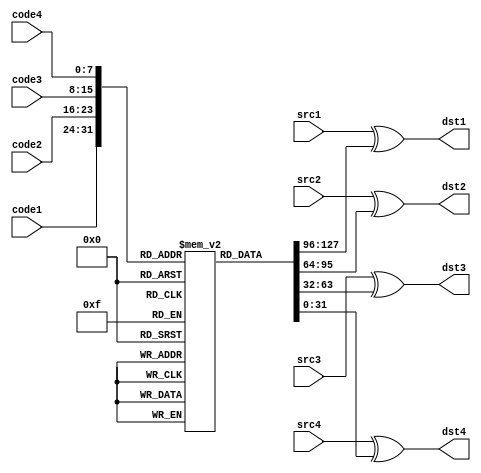
`timescale 1ns / 1ps

module aes_fn1(input [7:0] code1, input wire [31:0] src1, output reg [31:0] dst1,
input [7:0] code2, input wire [31:0] src2, output reg [31:0] dst2,
input [7:0] code3, input wire [31:0] src3, output reg [31:0] dst3,
input [7:0] code4, input wire [31:0] src4, output reg [31:0] dst4);

reg [31:0] t1 [255:0];

initial begin
 t1[0] = 'ha56363c6; t1[1] = 'h847c7cf8; t1[2] = 'h997777ee; t1[3] = 'h8d7b7bf6;
 t1[4] = 'hdf2f2ff; t1[5] = 'hbd6b6bd6; t1[6] = 'hb16f6fde; t1[7] = 'h54c5c591;
 t1[8] = 'h50303060; t1[9] = 'h3010102; t1[10] = 'ha96767ce; t1[11] = 'h7d2b2b56;
 t1[12] = 'h19fefee7; t1[13] = 'h62d7d7b5; t1[14] = 'he6abab4d; t1[15] = 'h9a7676ec;
 t1[16] = 'h45caca8f; t1[17] = 'h9d82821f; t1[18] = 'h40c9c989; t1[19] = 'h877d7dfa;
 t1[20] = 'h15fafaef; t1[21] = 'heb5959b2; t1[22] = 'hc947478e; t1[23] = 'hbf0f0fb;
 t1[24] = 'hecadad41; t1[25] = 'h67d4d4b3; t1[26] = 'hfda2a25f; t1[27] = 'heaafaf45;
 t1[28] = 'hbf9c9c23; t1[29] = 'hf7a4a453; t1[30] = 'h967272e4; t1[31] = 'h5bc0c09b;
 t1[32] = 'hc2b7b775; t1[33] = 'h1cfdfde1; t1[34] = 'hae93933d; t1[35] = 'h6a26264c;
 t1[36] = 'h5a36366c; t1[37] = 'h413f3f7e; t1[38] = 'h2f7f7f5; t1[39] = 'h4fcccc83;
 t1[40] = 'h5c343468; t1[41] = 'hf4a5a551; t1[42] = 'h34e5e5d1; t1[43] = 'h8f1f1f9;
 t1[44] = 'h937171e2; t1[45] = 'h73d8d8ab; t1[46] = 'h53313162; t1[47] = 'h3f15152a;
 t1[48] = 'hc040408; t1[49] = 'h52c7c795; t1[50] = 'h65232346; t1[51] = 'h5ec3c39d;
 t1[52] = 'h28181830; t1[53] = 'ha1969637; t1[54] = 'hf05050a; t1[55] = 'hb59a9a2f;
 t1[56] = 'h907070e; t1[57] = 'h36121224; t1[58] = 'h9b80801b; t1[59] = 'h3de2e2df;
 t1[60] = 'h26ebebcd; t1[61] = 'h6927274e; t1[62] = 'hcdb2b27f; t1[63] = 'h9f7575ea;
 t1[64] = 'h1b090912; t1[65] = 'h9e83831d; t1[66] = 'h742c2c58; t1[67] = 'h2e1a1a34;
 t1[68] = 'h2d1b1b36; t1[69] = 'hb26e6edc; t1[70] = 'hee5a5ab4; t1[71] = 'hfba0a05b;
 t1[72] = 'hf65252a4; t1[73] = 'h4d3b3b76; t1[74] = 'h61d6d6b7; t1[75] = 'hceb3b37d;
 t1[76] = 'h7b292952; t1[77] = 'h3ee3e3dd; t1[78] = 'h712f2f5e; t1[79] = 'h97848413;
 t1[80] = 'hf55353a6; t1[81] = 'h68d1d1b9; t1[82] = 'h0; t1[83] = 'h2cededc1;
 t1[84] = 'h60202040; t1[85] = 'h1ffcfce3; t1[86] = 'hc8b1b179; t1[87] = 'hed5b5bb6;
 t1[88] = 'hbe6a6ad4; t1[89] = 'h46cbcb8d; t1[90] = 'hd9bebe67; t1[91] = 'h4b393972;
 t1[92] = 'hde4a4a94; t1[93] = 'hd44c4c98; t1[94] = 'he85858b0; t1[95] = 'h4acfcf85;
 t1[96] = 'h6bd0d0bb; t1[97] = 'h2aefefc5; t1[98] = 'he5aaaa4f; t1[99] = 'h16fbfbed;
 t1[100] = 'hc5434386; t1[101] = 'hd74d4d9a; t1[102] = 'h55333366; t1[103] = 'h94858511;
 t1[104] = 'hcf45458a; t1[105] = 'h10f9f9e9; t1[106] = 'h6020204; t1[107] = 'h817f7ffe;
 t1[108] = 'hf05050a0; t1[109] = 'h443c3c78; t1[110] = 'hba9f9f25; t1[111] = 'he3a8a84b;
 t1[112] = 'hf35151a2; t1[113] = 'hfea3a35d; t1[114] = 'hc0404080; t1[115] = 'h8a8f8f05;
 t1[116] = 'had92923f; t1[117] = 'hbc9d9d21; t1[118] = 'h48383870; t1[119] = 'h4f5f5f1;
 t1[120] = 'hdfbcbc63; t1[121] = 'hc1b6b677; t1[122] = 'h75dadaaf; t1[123] = 'h63212142;
 t1[124] = 'h30101020; t1[125] = 'h1affffe5; t1[126] = 'hef3f3fd; t1[127] = 'h6dd2d2bf;
 t1[128] = 'h4ccdcd81; t1[129] = 'h140c0c18; t1[130] = 'h35131326; t1[131] = 'h2fececc3;
 t1[132] = 'he15f5fbe; t1[133] = 'ha2979735; t1[134] = 'hcc444488; t1[135] = 'h3917172e;
 t1[136] = 'h57c4c493; t1[137] = 'hf2a7a755; t1[138] = 'h827e7efc; t1[139] = 'h473d3d7a;
 t1[140] = 'hac6464c8; t1[141] = 'he75d5dba; t1[142] = 'h2b191932; t1[143] = 'h957373e6;
 t1[144] = 'ha06060c0; t1[145] = 'h98818119; t1[146] = 'hd14f4f9e; t1[147] = 'h7fdcdca3;
 t1[148] = 'h66222244; t1[149] = 'h7e2a2a54; t1[150] = 'hab90903b; t1[151] = 'h8388880b;
 t1[152] = 'hca46468c; t1[153] = 'h29eeeec7; t1[154] = 'hd3b8b86b; t1[155] = 'h3c141428;
 t1[156] = 'h79dedea7; t1[157] = 'he25e5ebc; t1[158] = 'h1d0b0b16; t1[159] = 'h76dbdbad;
 t1[160] = 'h3be0e0db; t1[161] = 'h56323264; t1[162] = 'h4e3a3a74; t1[163] = 'h1e0a0a14;
 t1[164] = 'hdb494992; t1[165] = 'ha06060c; t1[166] = 'h6c242448; t1[167] = 'he45c5cb8;
 t1[168] = 'h5dc2c29f; t1[169] = 'h6ed3d3bd; t1[170] = 'hefacac43; t1[171] = 'ha66262c4;
 t1[172] = 'ha8919139; t1[173] = 'ha4959531; t1[174] = 'h37e4e4d3; t1[175] = 'h8b7979f2;
 t1[176] = 'h32e7e7d5; t1[177] = 'h43c8c88b; t1[178] = 'h5937376e; t1[179] = 'hb76d6dda;
 t1[180] = 'h8c8d8d01; t1[181] = 'h64d5d5b1; t1[182] = 'hd24e4e9c; t1[183] = 'he0a9a949;
 t1[184] = 'hb46c6cd8; t1[185] = 'hfa5656ac; t1[186] = 'h7f4f4f3; t1[187] = 'h25eaeacf;
 t1[188] = 'haf6565ca; t1[189] = 'h8e7a7af4; t1[190] = 'he9aeae47; t1[191] = 'h18080810;
 t1[192] = 'hd5baba6f; t1[193] = 'h887878f0; t1[194] = 'h6f25254a; t1[195] = 'h722e2e5c;
 t1[196] = 'h241c1c38; t1[197] = 'hf1a6a657; t1[198] = 'hc7b4b473; t1[199] = 'h51c6c697;
 t1[200] = 'h23e8e8cb; t1[201] = 'h7cdddda1; t1[202] = 'h9c7474e8; t1[203] = 'h211f1f3e;
 t1[204] = 'hdd4b4b96; t1[205] = 'hdcbdbd61; t1[206] = 'h868b8b0d; t1[207] = 'h858a8a0f;
 t1[208] = 'h907070e0; t1[209] = 'h423e3e7c; t1[210] = 'hc4b5b571; t1[211] = 'haa6666cc;
 t1[212] = 'hd8484890; t1[213] = 'h5030306; t1[214] = 'h1f6f6f7; t1[215] = 'h120e0e1c;
 t1[216] = 'ha36161c2; t1[217] = 'h5f35356a; t1[218] = 'hf95757ae; t1[219] = 'hd0b9b969;
 t1[220] = 'h91868617; t1[221] = 'h58c1c199; t1[222] = 'h271d1d3a; t1[223] = 'hb99e9e27;
 t1[224] = 'h38e1e1d9; t1[225] = 'h13f8f8eb; t1[226] = 'hb398982b; t1[227] = 'h33111122;
 t1[228] = 'hbb6969d2; t1[229] = 'h70d9d9a9; t1[230] = 'h898e8e07; t1[231] = 'ha7949433;
 t1[232] = 'hb69b9b2d; t1[233] = 'h221e1e3c; t1[234] = 'h92878715; t1[235] = 'h20e9e9c9;
 t1[236] = 'h49cece87; t1[237] = 'hff5555aa; t1[238] = 'h78282850; t1[239] = 'h7adfdfa5;
 t1[240] = 'h8f8c8c03; t1[241] = 'hf8a1a159; t1[242] = 'h80898909; t1[243] = 'h170d0d1a;
 t1[244] = 'hdabfbf65; t1[245] = 'h31e6e6d7; t1[246] = 'hc6424284; t1[247] = 'hb86868d0;
 t1[248] = 'hc3414182; t1[249] = 'hb0999929; t1[250] = 'h772d2d5a; t1[251] = 'h110f0f1e;
 t1[252] = 'hcbb0b07b; t1[253] = 'hfc5454a8; t1[254] = 'hd6bbbb6d; t1[255] = 'h3a16162c;
end

always @(code1 or src1)
begin
  dst1 <= src1 ^ t1[code1];
end

always @(code2 or src2)
begin
  dst2 <= src2 ^ t1[code2];
end

always @(code3 or src3)
begin
  dst3 <= src3 ^ t1[code3];
end

always @(code4 or src4)
begin
  dst4 <= src4 ^ t1[code4];
end

endmodule

module aes_fn2(input [7:0] code1, input wire [31:0] src1, output reg [31:0] dst1,
input [7:0] code2, input wire [31:0] src2, output reg [31:0] dst2,
input [7:0] code3, input wire [31:0] src3, output reg [31:0] dst3,
input [7:0] code4, input wire [31:0] src4, output reg [31:0] dst4);

reg [31:0] t2 [255:0];

initial begin
t2[0] = 'h6363c6a5; t2[1] = 'h7c7cf884; t2[2] = 'h7777ee99; t2[3] = 'h7b7bf68d;
t2[4] = 'hf2f2ff0d; t2[5] = 'h6b6bd6bd; t2[6] = 'h6f6fdeb1; t2[7] = 'hc5c59154;
t2[8] = 'h30306050; t2[9] = 'h1010203; t2[10] = 'h6767cea9; t2[11] = 'h2b2b567d;
t2[12] = 'hfefee719; t2[13] = 'hd7d7b562; t2[14] = 'habab4de6; t2[15] = 'h7676ec9a;
t2[16] = 'hcaca8f45; t2[17] = 'h82821f9d; t2[18] = 'hc9c98940; t2[19] = 'h7d7dfa87;
t2[20] = 'hfafaef15; t2[21] = 'h5959b2eb; t2[22] = 'h47478ec9; t2[23] = 'hf0f0fb0b;
t2[24] = 'hadad41ec; t2[25] = 'hd4d4b367; t2[26] = 'ha2a25ffd; t2[27] = 'hafaf45ea;
t2[28] = 'h9c9c23bf; t2[29] = 'ha4a453f7; t2[30] = 'h7272e496; t2[31] = 'hc0c09b5b;
t2[32] = 'hb7b775c2; t2[33] = 'hfdfde11c; t2[34] = 'h93933dae; t2[35] = 'h26264c6a;
t2[36] = 'h36366c5a; t2[37] = 'h3f3f7e41; t2[38] = 'hf7f7f502; t2[39] = 'hcccc834f;
t2[40] = 'h3434685c; t2[41] = 'ha5a551f4; t2[42] = 'he5e5d134; t2[43] = 'hf1f1f908;
t2[44] = 'h7171e293; t2[45] = 'hd8d8ab73; t2[46] = 'h31316253; t2[47] = 'h15152a3f;
t2[48] = 'h404080c; t2[49] = 'hc7c79552; t2[50] = 'h23234665; t2[51] = 'hc3c39d5e;
t2[52] = 'h18183028; t2[53] = 'h969637a1; t2[54] = 'h5050a0f; t2[55] = 'h9a9a2fb5;
t2[56] = 'h7070e09; t2[57] = 'h12122436; t2[58] = 'h80801b9b; t2[59] = 'he2e2df3d;
t2[60] = 'hebebcd26; t2[61] = 'h27274e69; t2[62] = 'hb2b27fcd; t2[63] = 'h7575ea9f;
t2[64] = 'h909121b; t2[65] = 'h83831d9e; t2[66] = 'h2c2c5874; t2[67] = 'h1a1a342e;
t2[68] = 'h1b1b362d; t2[69] = 'h6e6edcb2; t2[70] = 'h5a5ab4ee; t2[71] = 'ha0a05bfb;
t2[72] = 'h5252a4f6; t2[73] = 'h3b3b764d; t2[74] = 'hd6d6b761; t2[75] = 'hb3b37dce;
t2[76] = 'h2929527b; t2[77] = 'he3e3dd3e; t2[78] = 'h2f2f5e71; t2[79] = 'h84841397;
t2[80] = 'h5353a6f5; t2[81] = 'hd1d1b968; t2[82] = 'h0; t2[83] = 'hededc12c;
t2[84] = 'h20204060; t2[85] = 'hfcfce31f; t2[86] = 'hb1b179c8; t2[87] = 'h5b5bb6ed;
t2[88] = 'h6a6ad4be; t2[89] = 'hcbcb8d46; t2[90] = 'hbebe67d9; t2[91] = 'h3939724b;
t2[92] = 'h4a4a94de; t2[93] = 'h4c4c98d4; t2[94] = 'h5858b0e8; t2[95] = 'hcfcf854a;
t2[96] = 'hd0d0bb6b; t2[97] = 'hefefc52a; t2[98] = 'haaaa4fe5; t2[99] = 'hfbfbed16;
t2[100] = 'h434386c5; t2[101] = 'h4d4d9ad7; t2[102] = 'h33336655; t2[103] = 'h85851194;
t2[104] = 'h45458acf; t2[105] = 'hf9f9e910; t2[106] = 'h2020406; t2[107] = 'h7f7ffe81;
t2[108] = 'h5050a0f0; t2[109] = 'h3c3c7844; t2[110] = 'h9f9f25ba; t2[111] = 'ha8a84be3;
t2[112] = 'h5151a2f3; t2[113] = 'ha3a35dfe; t2[114] = 'h404080c0; t2[115] = 'h8f8f058a;
t2[116] = 'h92923fad; t2[117] = 'h9d9d21bc; t2[118] = 'h38387048; t2[119] = 'hf5f5f104;
t2[120] = 'hbcbc63df; t2[121] = 'hb6b677c1; t2[122] = 'hdadaaf75; t2[123] = 'h21214263;
t2[124] = 'h10102030; t2[125] = 'hffffe51a; t2[126] = 'hf3f3fd0e; t2[127] = 'hd2d2bf6d;
t2[128] = 'hcdcd814c; t2[129] = 'hc0c1814; t2[130] = 'h13132635; t2[131] = 'hececc32f;
t2[132] = 'h5f5fbee1; t2[133] = 'h979735a2; t2[134] = 'h444488cc; t2[135] = 'h17172e39;
t2[136] = 'hc4c49357; t2[137] = 'ha7a755f2; t2[138] = 'h7e7efc82; t2[139] = 'h3d3d7a47;
t2[140] = 'h6464c8ac; t2[141] = 'h5d5dbae7; t2[142] = 'h1919322b; t2[143] = 'h7373e695;
t2[144] = 'h6060c0a0; t2[145] = 'h81811998; t2[146] = 'h4f4f9ed1; t2[147] = 'hdcdca37f;
t2[148] = 'h22224466; t2[149] = 'h2a2a547e; t2[150] = 'h90903bab; t2[151] = 'h88880b83;
t2[152] = 'h46468cca; t2[153] = 'heeeec729; t2[154] = 'hb8b86bd3; t2[155] = 'h1414283c;
t2[156] = 'hdedea779; t2[157] = 'h5e5ebce2; t2[158] = 'hb0b161d; t2[159] = 'hdbdbad76;
t2[160] = 'he0e0db3b; t2[161] = 'h32326456; t2[162] = 'h3a3a744e; t2[163] = 'ha0a141e;
t2[164] = 'h494992db; t2[165] = 'h6060c0a; t2[166] = 'h2424486c; t2[167] = 'h5c5cb8e4;
t2[168] = 'hc2c29f5d; t2[169] = 'hd3d3bd6e; t2[170] = 'hacac43ef; t2[171] = 'h6262c4a6;
t2[172] = 'h919139a8; t2[173] = 'h959531a4; t2[174] = 'he4e4d337; t2[175] = 'h7979f28b;
t2[176] = 'he7e7d532; t2[177] = 'hc8c88b43; t2[178] = 'h37376e59; t2[179] = 'h6d6ddab7;
t2[180] = 'h8d8d018c; t2[181] = 'hd5d5b164; t2[182] = 'h4e4e9cd2; t2[183] = 'ha9a949e0;
t2[184] = 'h6c6cd8b4; t2[185] = 'h5656acfa; t2[186] = 'hf4f4f307; t2[187] = 'heaeacf25;
t2[188] = 'h6565caaf; t2[189] = 'h7a7af48e; t2[190] = 'haeae47e9; t2[191] = 'h8081018;
t2[192] = 'hbaba6fd5; t2[193] = 'h7878f088; t2[194] = 'h25254a6f; t2[195] = 'h2e2e5c72;
t2[196] = 'h1c1c3824; t2[197] = 'ha6a657f1; t2[198] = 'hb4b473c7; t2[199] = 'hc6c69751;
t2[200] = 'he8e8cb23; t2[201] = 'hdddda17c; t2[202] = 'h7474e89c; t2[203] = 'h1f1f3e21;
t2[204] = 'h4b4b96dd; t2[205] = 'hbdbd61dc; t2[206] = 'h8b8b0d86; t2[207] = 'h8a8a0f85;
t2[208] = 'h7070e090; t2[209] = 'h3e3e7c42; t2[210] = 'hb5b571c4; t2[211] = 'h6666ccaa;
t2[212] = 'h484890d8; t2[213] = 'h3030605; t2[214] = 'hf6f6f701; t2[215] = 'he0e1c12;
t2[216] = 'h6161c2a3; t2[217] = 'h35356a5f; t2[218] = 'h5757aef9; t2[219] = 'hb9b969d0;
t2[220] = 'h86861791; t2[221] = 'hc1c19958; t2[222] = 'h1d1d3a27; t2[223] = 'h9e9e27b9;
t2[224] = 'he1e1d938; t2[225] = 'hf8f8eb13; t2[226] = 'h98982bb3; t2[227] = 'h11112233;
t2[228] = 'h6969d2bb; t2[229] = 'hd9d9a970; t2[230] = 'h8e8e0789; t2[231] = 'h949433a7;
t2[232] = 'h9b9b2db6; t2[233] = 'h1e1e3c22; t2[234] = 'h87871592; t2[235] = 'he9e9c920;
t2[236] = 'hcece8749; t2[237] = 'h5555aaff; t2[238] = 'h28285078; t2[239] = 'hdfdfa57a;
t2[240] = 'h8c8c038f; t2[241] = 'ha1a159f8; t2[242] = 'h89890980; t2[243] = 'hd0d1a17;
t2[244] = 'hbfbf65da; t2[245] = 'he6e6d731; t2[246] = 'h424284c6; t2[247] = 'h6868d0b8;
t2[248] = 'h414182c3; t2[249] = 'h999929b0; t2[250] = 'h2d2d5a77; t2[251] = 'hf0f1e11;
t2[252] = 'hb0b07bcb; t2[253] = 'h5454a8fc; t2[254] = 'hbbbb6dd6; t2[255] = 'h16162c3a;
end

always @(code1 or src1)
begin
  dst1 <= src1 ^ t2[code1];
end

always @(code2 or src2)
begin
  dst2 <= src2 ^ t2[code2];
end

always @(code3 or src3)
begin
  dst3 <= src3 ^ t2[code3];
end

always @(code4 or src4)
begin
  dst4 <= src4 ^ t2[code4];
end

endmodule


module aes_fn3(input [7:0] code1, input wire [31:0] src1, output reg [31:0] dst1,
input [7:0] code2, input wire [31:0] src2, output reg [31:0] dst2,
input [7:0] code3, input wire [31:0] src3, output reg [31:0] dst3,
input [7:0] code4, input wire [31:0] src4, output reg [31:0] dst4);

reg [31:0] t3 [255:0];

initial begin
t3[0] = 'h63c6a563; t3[1] = 'h7cf8847c; t3[2] = 'h77ee9977; t3[3] = 'h7bf68d7b;
t3[4] = 'hf2ff0df2; t3[5] = 'h6bd6bd6b; t3[6] = 'h6fdeb16f; t3[7] = 'hc59154c5;
t3[8] = 'h30605030; t3[9] = 'h1020301; t3[10] = 'h67cea967; t3[11] = 'h2b567d2b;
t3[12] = 'hfee719fe; t3[13] = 'hd7b562d7; t3[14] = 'hab4de6ab; t3[15] = 'h76ec9a76;
t3[16] = 'hca8f45ca; t3[17] = 'h821f9d82; t3[18] = 'hc98940c9; t3[19] = 'h7dfa877d;
t3[20] = 'hfaef15fa; t3[21] = 'h59b2eb59; t3[22] = 'h478ec947; t3[23] = 'hf0fb0bf0;
t3[24] = 'had41ecad; t3[25] = 'hd4b367d4; t3[26] = 'ha25ffda2; t3[27] = 'haf45eaaf;
t3[28] = 'h9c23bf9c; t3[29] = 'ha453f7a4; t3[30] = 'h72e49672; t3[31] = 'hc09b5bc0;
t3[32] = 'hb775c2b7; t3[33] = 'hfde11cfd; t3[34] = 'h933dae93; t3[35] = 'h264c6a26;
t3[36] = 'h366c5a36; t3[37] = 'h3f7e413f; t3[38] = 'hf7f502f7; t3[39] = 'hcc834fcc;
t3[40] = 'h34685c34; t3[41] = 'ha551f4a5; t3[42] = 'he5d134e5; t3[43] = 'hf1f908f1;
t3[44] = 'h71e29371; t3[45] = 'hd8ab73d8; t3[46] = 'h31625331; t3[47] = 'h152a3f15;
t3[48] = 'h4080c04; t3[49] = 'hc79552c7; t3[50] = 'h23466523; t3[51] = 'hc39d5ec3;
t3[52] = 'h18302818; t3[53] = 'h9637a196; t3[54] = 'h50a0f05; t3[55] = 'h9a2fb59a;
t3[56] = 'h70e0907; t3[57] = 'h12243612; t3[58] = 'h801b9b80; t3[59] = 'he2df3de2;
t3[60] = 'hebcd26eb; t3[61] = 'h274e6927; t3[62] = 'hb27fcdb2; t3[63] = 'h75ea9f75;
t3[64] = 'h9121b09; t3[65] = 'h831d9e83; t3[66] = 'h2c58742c; t3[67] = 'h1a342e1a;
t3[68] = 'h1b362d1b; t3[69] = 'h6edcb26e; t3[70] = 'h5ab4ee5a; t3[71] = 'ha05bfba0;
t3[72] = 'h52a4f652; t3[73] = 'h3b764d3b; t3[74] = 'hd6b761d6; t3[75] = 'hb37dceb3;
t3[76] = 'h29527b29; t3[77] = 'he3dd3ee3; t3[78] = 'h2f5e712f; t3[79] = 'h84139784;
t3[80] = 'h53a6f553; t3[81] = 'hd1b968d1; t3[82] = 'h0; t3[83] = 'hedc12ced;
t3[84] = 'h20406020; t3[85] = 'hfce31ffc; t3[86] = 'hb179c8b1; t3[87] = 'h5bb6ed5b;
t3[88] = 'h6ad4be6a; t3[89] = 'hcb8d46cb; t3[90] = 'hbe67d9be; t3[91] = 'h39724b39;
t3[92] = 'h4a94de4a; t3[93] = 'h4c98d44c; t3[94] = 'h58b0e858; t3[95] = 'hcf854acf;
t3[96] = 'hd0bb6bd0; t3[97] = 'hefc52aef; t3[98] = 'haa4fe5aa; t3[99] = 'hfbed16fb;
t3[100] = 'h4386c543; t3[101] = 'h4d9ad74d; t3[102] = 'h33665533; t3[103] = 'h85119485;
t3[104] = 'h458acf45; t3[105] = 'hf9e910f9; t3[106] = 'h2040602; t3[107] = 'h7ffe817f;
t3[108] = 'h50a0f050; t3[109] = 'h3c78443c; t3[110] = 'h9f25ba9f; t3[111] = 'ha84be3a8;
t3[112] = 'h51a2f351; t3[113] = 'ha35dfea3; t3[114] = 'h4080c040; t3[115] = 'h8f058a8f;
t3[116] = 'h923fad92; t3[117] = 'h9d21bc9d; t3[118] = 'h38704838; t3[119] = 'hf5f104f5;
t3[120] = 'hbc63dfbc; t3[121] = 'hb677c1b6; t3[122] = 'hdaaf75da; t3[123] = 'h21426321;
t3[124] = 'h10203010; t3[125] = 'hffe51aff; t3[126] = 'hf3fd0ef3; t3[127] = 'hd2bf6dd2;
t3[128] = 'hcd814ccd; t3[129] = 'hc18140c; t3[130] = 'h13263513; t3[131] = 'hecc32fec;
t3[132] = 'h5fbee15f; t3[133] = 'h9735a297; t3[134] = 'h4488cc44; t3[135] = 'h172e3917;
t3[136] = 'hc49357c4; t3[137] = 'ha755f2a7; t3[138] = 'h7efc827e; t3[139] = 'h3d7a473d;
t3[140] = 'h64c8ac64; t3[141] = 'h5dbae75d; t3[142] = 'h19322b19; t3[143] = 'h73e69573;
t3[144] = 'h60c0a060; t3[145] = 'h81199881; t3[146] = 'h4f9ed14f; t3[147] = 'hdca37fdc;
t3[148] = 'h22446622; t3[149] = 'h2a547e2a; t3[150] = 'h903bab90; t3[151] = 'h880b8388;
t3[152] = 'h468cca46; t3[153] = 'heec729ee; t3[154] = 'hb86bd3b8; t3[155] = 'h14283c14;
t3[156] = 'hdea779de; t3[157] = 'h5ebce25e; t3[158] = 'hb161d0b; t3[159] = 'hdbad76db;
t3[160] = 'he0db3be0; t3[161] = 'h32645632; t3[162] = 'h3a744e3a; t3[163] = 'ha141e0a;
t3[164] = 'h4992db49; t3[165] = 'h60c0a06; t3[166] = 'h24486c24; t3[167] = 'h5cb8e45c;
t3[168] = 'hc29f5dc2; t3[169] = 'hd3bd6ed3; t3[170] = 'hac43efac; t3[171] = 'h62c4a662;
t3[172] = 'h9139a891; t3[173] = 'h9531a495; t3[174] = 'he4d337e4; t3[175] = 'h79f28b79;
t3[176] = 'he7d532e7; t3[177] = 'hc88b43c8; t3[178] = 'h376e5937; t3[179] = 'h6ddab76d;
t3[180] = 'h8d018c8d; t3[181] = 'hd5b164d5; t3[182] = 'h4e9cd24e; t3[183] = 'ha949e0a9;
t3[184] = 'h6cd8b46c; t3[185] = 'h56acfa56; t3[186] = 'hf4f307f4; t3[187] = 'heacf25ea;
t3[188] = 'h65caaf65; t3[189] = 'h7af48e7a; t3[190] = 'hae47e9ae; t3[191] = 'h8101808;
t3[192] = 'hba6fd5ba; t3[193] = 'h78f08878; t3[194] = 'h254a6f25; t3[195] = 'h2e5c722e;
t3[196] = 'h1c38241c; t3[197] = 'ha657f1a6; t3[198] = 'hb473c7b4; t3[199] = 'hc69751c6;
t3[200] = 'he8cb23e8; t3[201] = 'hdda17cdd; t3[202] = 'h74e89c74; t3[203] = 'h1f3e211f;
t3[204] = 'h4b96dd4b; t3[205] = 'hbd61dcbd; t3[206] = 'h8b0d868b; t3[207] = 'h8a0f858a;
t3[208] = 'h70e09070; t3[209] = 'h3e7c423e; t3[210] = 'hb571c4b5; t3[211] = 'h66ccaa66;
t3[212] = 'h4890d848; t3[213] = 'h3060503; t3[214] = 'hf6f701f6; t3[215] = 'he1c120e;
t3[216] = 'h61c2a361; t3[217] = 'h356a5f35; t3[218] = 'h57aef957; t3[219] = 'hb969d0b9;
t3[220] = 'h86179186; t3[221] = 'hc19958c1; t3[222] = 'h1d3a271d; t3[223] = 'h9e27b99e;
t3[224] = 'he1d938e1; t3[225] = 'hf8eb13f8; t3[226] = 'h982bb398; t3[227] = 'h11223311;
t3[228] = 'h69d2bb69; t3[229] = 'hd9a970d9; t3[230] = 'h8e07898e; t3[231] = 'h9433a794;
t3[232] = 'h9b2db69b; t3[233] = 'h1e3c221e; t3[234] = 'h87159287; t3[235] = 'he9c920e9;
t3[236] = 'hce8749ce; t3[237] = 'h55aaff55; t3[238] = 'h28507828; t3[239] = 'hdfa57adf;
t3[240] = 'h8c038f8c; t3[241] = 'ha159f8a1; t3[242] = 'h89098089; t3[243] = 'hd1a170d;
t3[244] = 'hbf65dabf; t3[245] = 'he6d731e6; t3[246] = 'h4284c642; t3[247] = 'h68d0b868;
t3[248] = 'h4182c341; t3[249] = 'h9929b099; t3[250] = 'h2d5a772d; t3[251] = 'hf1e110f;
t3[252] = 'hb07bcbb0; t3[253] = 'h54a8fc54; t3[254] = 'hbb6dd6bb; t3[255] = 'h162c3a16;
end


always @(code1 or src1)
begin
  dst1 <= src1 ^ t3[code1];
end

always @(code2 or src2)
begin
  dst2 <= src2 ^ t3[code2];
end

always @(code3 or src3)
begin
  dst3 <= src3 ^ t3[code3];
end

always @(code4 or src4)
begin
  dst4 <= src4 ^ t3[code4];
end

endmodule

module aes_fn4(input [7:0] code1, input wire [31:0] src1, output reg [31:0] dst1,
input [7:0] code2, input wire [31:0] src2, output reg [31:0] dst2,
input [7:0] code3, input wire [31:0] src3, output reg [31:0] dst3,
input [7:0] code4, input wire [31:0] src4, output reg [31:0] dst4);

reg [31:0] t4 [255:0];

initial begin
t4[0] = 'hc6a56363; t4[1] = 'hf8847c7c; t4[2] = 'hee997777; t4[3] = 'hf68d7b7b;
t4[4] = 'hff0df2f2; t4[5] = 'hd6bd6b6b; t4[6] = 'hdeb16f6f; t4[7] = 'h9154c5c5;
t4[8] = 'h60503030; t4[9] = 'h2030101; t4[10] = 'hcea96767; t4[11] = 'h567d2b2b;
t4[12] = 'he719fefe; t4[13] = 'hb562d7d7; t4[14] = 'h4de6abab; t4[15] = 'hec9a7676;
t4[16] = 'h8f45caca; t4[17] = 'h1f9d8282; t4[18] = 'h8940c9c9; t4[19] = 'hfa877d7d;
t4[20] = 'hef15fafa; t4[21] = 'hb2eb5959; t4[22] = 'h8ec94747; t4[23] = 'hfb0bf0f0;
t4[24] = 'h41ecadad; t4[25] = 'hb367d4d4; t4[26] = 'h5ffda2a2; t4[27] = 'h45eaafaf;
t4[28] = 'h23bf9c9c; t4[29] = 'h53f7a4a4; t4[30] = 'he4967272; t4[31] = 'h9b5bc0c0;
t4[32] = 'h75c2b7b7; t4[33] = 'he11cfdfd; t4[34] = 'h3dae9393; t4[35] = 'h4c6a2626;
t4[36] = 'h6c5a3636; t4[37] = 'h7e413f3f; t4[38] = 'hf502f7f7; t4[39] = 'h834fcccc;
t4[40] = 'h685c3434; t4[41] = 'h51f4a5a5; t4[42] = 'hd134e5e5; t4[43] = 'hf908f1f1;
t4[44] = 'he2937171; t4[45] = 'hab73d8d8; t4[46] = 'h62533131; t4[47] = 'h2a3f1515;
t4[48] = 'h80c0404; t4[49] = 'h9552c7c7; t4[50] = 'h46652323; t4[51] = 'h9d5ec3c3;
t4[52] = 'h30281818; t4[53] = 'h37a19696; t4[54] = 'ha0f0505; t4[55] = 'h2fb59a9a;
t4[56] = 'he090707; t4[57] = 'h24361212; t4[58] = 'h1b9b8080; t4[59] = 'hdf3de2e2;
t4[60] = 'hcd26ebeb; t4[61] = 'h4e692727; t4[62] = 'h7fcdb2b2; t4[63] = 'hea9f7575;
t4[64] = 'h121b0909; t4[65] = 'h1d9e8383; t4[66] = 'h58742c2c; t4[67] = 'h342e1a1a;
t4[68] = 'h362d1b1b; t4[69] = 'hdcb26e6e; t4[70] = 'hb4ee5a5a; t4[71] = 'h5bfba0a0;
t4[72] = 'ha4f65252; t4[73] = 'h764d3b3b; t4[74] = 'hb761d6d6; t4[75] = 'h7dceb3b3;
t4[76] = 'h527b2929; t4[77] = 'hdd3ee3e3; t4[78] = 'h5e712f2f; t4[79] = 'h13978484;
t4[80] = 'ha6f55353; t4[81] = 'hb968d1d1; t4[82] = 'h0; t4[83] = 'hc12ceded;
t4[84] = 'h40602020; t4[85] = 'he31ffcfc; t4[86] = 'h79c8b1b1; t4[87] = 'hb6ed5b5b;
t4[88] = 'hd4be6a6a; t4[89] = 'h8d46cbcb; t4[90] = 'h67d9bebe; t4[91] = 'h724b3939;
t4[92] = 'h94de4a4a; t4[93] = 'h98d44c4c; t4[94] = 'hb0e85858; t4[95] = 'h854acfcf;
t4[96] = 'hbb6bd0d0; t4[97] = 'hc52aefef; t4[98] = 'h4fe5aaaa; t4[99] = 'hed16fbfb;
t4[100] = 'h86c54343; t4[101] = 'h9ad74d4d; t4[102] = 'h66553333; t4[103] = 'h11948585;
t4[104] = 'h8acf4545; t4[105] = 'he910f9f9; t4[106] = 'h4060202; t4[107] = 'hfe817f7f;
t4[108] = 'ha0f05050; t4[109] = 'h78443c3c; t4[110] = 'h25ba9f9f; t4[111] = 'h4be3a8a8;
t4[112] = 'ha2f35151; t4[113] = 'h5dfea3a3; t4[114] = 'h80c04040; t4[115] = 'h58a8f8f;
t4[116] = 'h3fad9292; t4[117] = 'h21bc9d9d; t4[118] = 'h70483838; t4[119] = 'hf104f5f5;
t4[120] = 'h63dfbcbc; t4[121] = 'h77c1b6b6; t4[122] = 'haf75dada; t4[123] = 'h42632121;
t4[124] = 'h20301010; t4[125] = 'he51affff; t4[126] = 'hfd0ef3f3; t4[127] = 'hbf6dd2d2;
t4[128] = 'h814ccdcd; t4[129] = 'h18140c0c; t4[130] = 'h26351313; t4[131] = 'hc32fecec;
t4[132] = 'hbee15f5f; t4[133] = 'h35a29797; t4[134] = 'h88cc4444; t4[135] = 'h2e391717;
t4[136] = 'h9357c4c4; t4[137] = 'h55f2a7a7; t4[138] = 'hfc827e7e; t4[139] = 'h7a473d3d;
t4[140] = 'hc8ac6464; t4[141] = 'hbae75d5d; t4[142] = 'h322b1919; t4[143] = 'he6957373;
t4[144] = 'hc0a06060; t4[145] = 'h19988181; t4[146] = 'h9ed14f4f; t4[147] = 'ha37fdcdc;
t4[148] = 'h44662222; t4[149] = 'h547e2a2a; t4[150] = 'h3bab9090; t4[151] = 'hb838888;
t4[152] = 'h8cca4646; t4[153] = 'hc729eeee; t4[154] = 'h6bd3b8b8; t4[155] = 'h283c1414;
t4[156] = 'ha779dede; t4[157] = 'hbce25e5e; t4[158] = 'h161d0b0b; t4[159] = 'had76dbdb;
t4[160] = 'hdb3be0e0; t4[161] = 'h64563232; t4[162] = 'h744e3a3a; t4[163] = 'h141e0a0a;
t4[164] = 'h92db4949; t4[165] = 'hc0a0606; t4[166] = 'h486c2424; t4[167] = 'hb8e45c5c;
t4[168] = 'h9f5dc2c2; t4[169] = 'hbd6ed3d3; t4[170] = 'h43efacac; t4[171] = 'hc4a66262;
t4[172] = 'h39a89191; t4[173] = 'h31a49595; t4[174] = 'hd337e4e4; t4[175] = 'hf28b7979;
t4[176] = 'hd532e7e7; t4[177] = 'h8b43c8c8; t4[178] = 'h6e593737; t4[179] = 'hdab76d6d;
t4[180] = 'h18c8d8d; t4[181] = 'hb164d5d5; t4[182] = 'h9cd24e4e; t4[183] = 'h49e0a9a9;
t4[184] = 'hd8b46c6c; t4[185] = 'hacfa5656; t4[186] = 'hf307f4f4; t4[187] = 'hcf25eaea;
t4[188] = 'hcaaf6565; t4[189] = 'hf48e7a7a; t4[190] = 'h47e9aeae; t4[191] = 'h10180808;
t4[192] = 'h6fd5baba; t4[193] = 'hf0887878; t4[194] = 'h4a6f2525; t4[195] = 'h5c722e2e;
t4[196] = 'h38241c1c; t4[197] = 'h57f1a6a6; t4[198] = 'h73c7b4b4; t4[199] = 'h9751c6c6;
t4[200] = 'hcb23e8e8; t4[201] = 'ha17cdddd; t4[202] = 'he89c7474; t4[203] = 'h3e211f1f;
t4[204] = 'h96dd4b4b; t4[205] = 'h61dcbdbd; t4[206] = 'hd868b8b; t4[207] = 'hf858a8a;
t4[208] = 'he0907070; t4[209] = 'h7c423e3e; t4[210] = 'h71c4b5b5; t4[211] = 'hccaa6666;
t4[212] = 'h90d84848; t4[213] = 'h6050303; t4[214] = 'hf701f6f6; t4[215] = 'h1c120e0e;
t4[216] = 'hc2a36161; t4[217] = 'h6a5f3535; t4[218] = 'haef95757; t4[219] = 'h69d0b9b9;
t4[220] = 'h17918686; t4[221] = 'h9958c1c1; t4[222] = 'h3a271d1d; t4[223] = 'h27b99e9e;
t4[224] = 'hd938e1e1; t4[225] = 'heb13f8f8; t4[226] = 'h2bb39898; t4[227] = 'h22331111;
t4[228] = 'hd2bb6969; t4[229] = 'ha970d9d9; t4[230] = 'h7898e8e; t4[231] = 'h33a79494;
t4[232] = 'h2db69b9b; t4[233] = 'h3c221e1e; t4[234] = 'h15928787; t4[235] = 'hc920e9e9;
t4[236] = 'h8749cece; t4[237] = 'haaff5555; t4[238] = 'h50782828; t4[239] = 'ha57adfdf;
t4[240] = 'h38f8c8c; t4[241] = 'h59f8a1a1; t4[242] = 'h9808989; t4[243] = 'h1a170d0d;
t4[244] = 'h65dabfbf; t4[245] = 'hd731e6e6; t4[246] = 'h84c64242; t4[247] = 'hd0b86868;
t4[248] = 'h82c34141; t4[249] = 'h29b09999; t4[250] = 'h5a772d2d; t4[251] = 'h1e110f0f;
t4[252] = 'h7bcbb0b0; t4[253] = 'ha8fc5454; t4[254] = 'h6dd6bbbb; t4[255] = 'h2c3a1616;
end


always @(code1 or src1)
begin
  dst1 <= src1 ^ t4[code1];
end

always @(code2 or src2)
begin
  dst2 <= src2 ^ t4[code2];
end

always @(code3 or src3)
begin
  dst3 <= src3 ^ t4[code3];
end

always @(code4 or src4)
begin
  dst4 <= src4 ^ t4[code4];
end

endmodule


module encstepnew(input clk, input [127:0] cxx, input [127:0] key, output [127:0] enc);

wire [31:0] dest_0_0;
wire [31:0] dest_0_1;
wire [31:0] dest_0_2;
wire [31:0] dest_0_3;

wire [31:0] dest_1_0;
wire [31:0] dest_1_1;
wire [31:0] dest_1_2;
wire [31:0] dest_1_3;

wire [31:0] dest_2_0;
wire [31:0] dest_2_1;
wire [31:0] dest_2_2;
wire [31:0] dest_2_3;

wire [31:0] dest_3_0;
wire [31:0] dest_3_1;
wire [31:0] dest_3_2;
wire [31:0] dest_3_3;

aes_fn1 aes_fn1_0(.code1(cxx[31:24]),  .src1({key[7:0],   key[15:8],   key[23:16],  key[31:24]}),  .dst1(dest_0_0),
                  .code2(cxx[63:56]),   .src2({key[39:32], key[47:40],  key[55:48],  key[63:56]}),  .dst2(dest_0_1),
                  .code3(cxx[95:88]),   .src3({key[71:64], key[79:72],  key[87:80],  key[95:88]}),  .dst3(dest_0_2),
                  .code4(cxx[127:120]), .src4({key[103:96],key[111:104],key[119:112],key[127:120]}),.dst4(dest_0_3));

aes_fn2 aes_fn2_0(.code1(cxx[119:112]), .src1(dest_0_0),  .dst1(dest_1_0),
                  .code2(cxx[23:16]), .src2(dest_0_1), .dst2(dest_1_1),
                  .code3(cxx[55:48]), .src3(dest_0_2), .dst3(dest_1_2),
                  .code4(cxx[87:80]), .src4(dest_0_3), .dst4(dest_1_3));

aes_fn3 aes_fn3_0(.code1(cxx[79:72]), .src1(dest_1_0), .dst1(dest_2_0),
                  .code2(cxx[111:104]), .src2(dest_1_1), .dst2(dest_2_1),
                  .code3(cxx[15:8]), .src3(dest_1_2), .dst3(dest_2_2),
                  .code4(cxx[47:40]), .src4(dest_1_3), .dst4(dest_2_3));

aes_fn4 aes_fn4_0(.code1(cxx[39:32]), .src1(dest_2_0), .dst1(dest_3_0),
                  .code2(cxx[71:64]), .src2(dest_2_1), .dst2(dest_3_1),
                  .code3(cxx[103:96]), .src3(dest_2_2), .dst3(dest_3_2),
                  .code4(cxx[7:0]), .src4(dest_2_3), .dst4(dest_3_3));

assign enc = {dest_3_3[7:0], dest_3_3[15:8], dest_3_3[23:16], dest_3_3[31:24], 
              dest_3_2[7:0], dest_3_2[15:8], dest_3_2[23:16], dest_3_2[31:24], 
              dest_3_1[7:0], dest_3_1[15:8], dest_3_1[23:16], dest_3_1[31:24], 
              dest_3_0[7:0], dest_3_0[15:8], dest_3_0[23:16], dest_3_0[31:24]};

endmodule